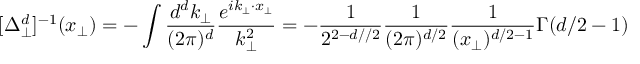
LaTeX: [ \Delta _ { \perp } ^ { d } ] ^ { - 1 } ( x _ { \perp } ) = - \int \frac { d ^ { d } k _ { \perp } } { ( 2 \pi ) ^ { d } } \frac { e ^ { i k _ { \perp } \cdot x _ { \perp } } } { k _ { \perp } ^ { 2 } } = - \frac { 1 } { 2 ^ { 2 - d / / 2 } } \frac { 1 } { ( 2 \pi ) ^ { d / 2 } } \frac { 1 } { ( x _ { \perp } ) ^ { d / 2 - 1 } } \Gamma ( d / 2 - 1 )